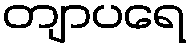
တျာပရေ